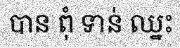
បាន ពុំ ទាន់ ឈ្នះ